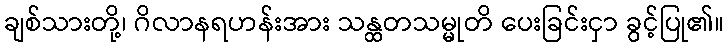
ချစ်သားတို့၊ ဂိလာနရဟန်းအား သန္ထတသမ္မုတိ ပေးခြင်းငှာ ခွင့်ပြု၏။